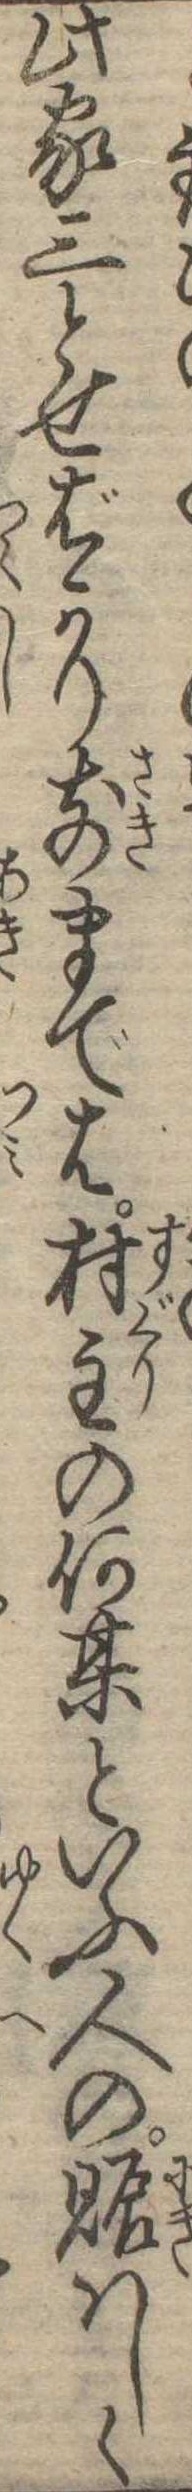
此家三とせばかり前までは村主の何其といふ人の賑はしく